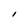
Character: I